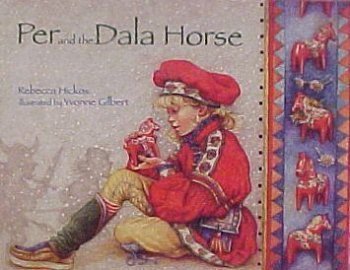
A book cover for Per And the Dala Horse; Rebecca Hickox; Children's Books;